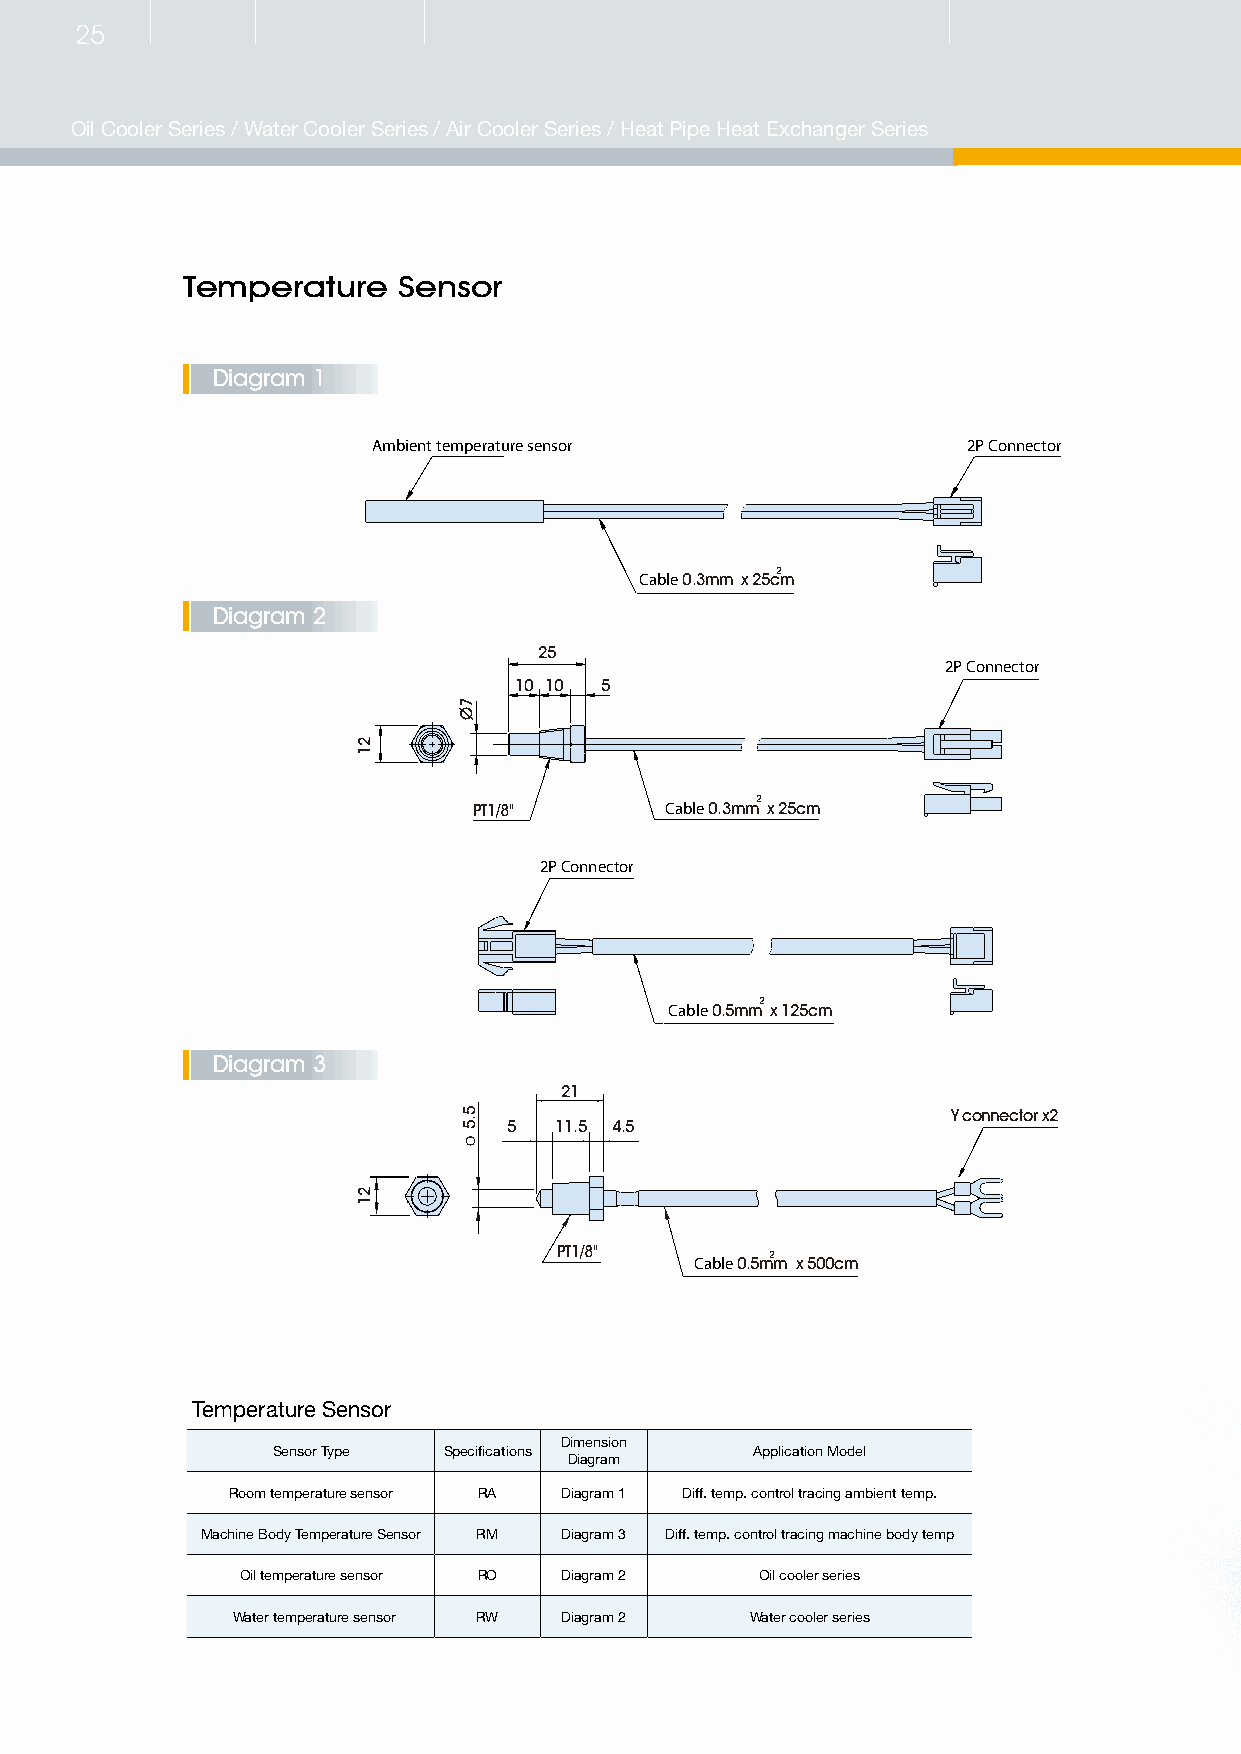
25
 Oil Cooler Series / Water Cooler Series / Air Cooler Series / Heat Pipe Heat Exchanger Series
 Temperature   Sensor
 Diagram 1
 Ambient temperature sensor             2P Connector
 Cable 0.3mm x
 25c2
 m
 Diagram 2
 25
 2P Connector
 10 10 5
 PT1/8"       Cable 0.3mm2 x 25cm                                     ．Parameter display
 ．Parameter value display
 2P Connector
 ．Standby button
 ．Parameter changing button
 ．Push button of setting value (Up)
 ．Push button of setting value (Down)
 Cable
 0.5mm2
 x 125cm
 Diagram 3
 21
 Y connector x2
 5  11.5 4.5
 PT1/8"
 Cable
 0.5m2
 m x 500cm
 Temperature Sensor
 Dimension
 Sensor Type Specifications      Application Model
 Diagram
 Room temperature sensor RA Diagram 1 Diff. temp. control tracing ambient temp.
 Machine Body Temperature Sensor RM Diagram 3 Diff. temp. control tracing machine body temp
 Oil temperature sensor RO Diagram 2 Oil cooler series
 Water temperature sensor RW Diagram 2 Water cooler series
 21
 21
 7Ø
 5.5
 O